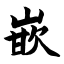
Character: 嵌